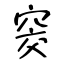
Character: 窔